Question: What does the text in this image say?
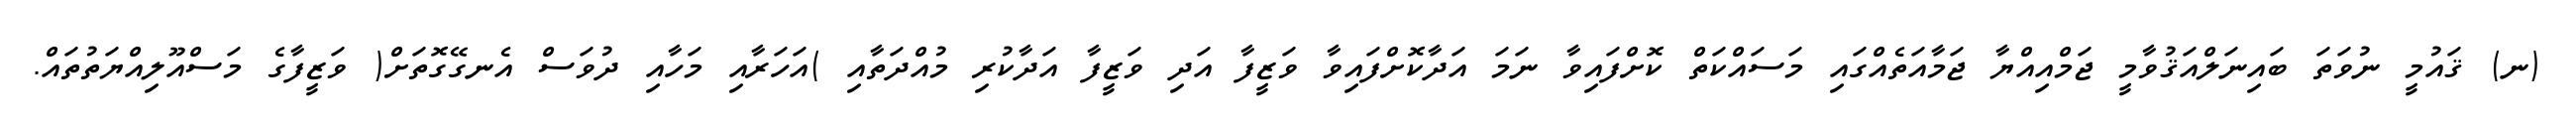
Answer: (ނ) ޤައުމީ ނުވަތަ ބައިނަލްއަޤުވާމީ ޖަމްއިއްޔާ ޖަމާއަތެއްގައި މަސައްކަތް ކޮށްފައިވާ ނަމަ އަދާކޮށްފައިވާ ވަޒީފާ އަދި ވަޒީފާ އަދާކުރި މުއްދަތާއި )އަހަރާއި މަހާއި ދުވަސް އެނގޭގޮތަށް( ވަޒީފާގެ މަސްއޫލިއްޔަތުތައް.